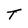
Character: T